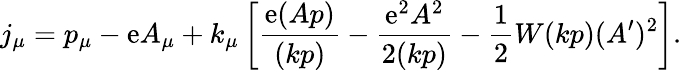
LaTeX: j_{\mu}=p_{\mu}-\mathrm{e}A_{\mu}+k_{\mu}\left[\frac{{\mathrm{e}(Ap)}}{{(kp)}}-\frac{{\mathrm{e}^{2}A^{2}}}{{2(kp)}}-\frac{1}{2}W(kp)(A^{\prime})^{2}\right].